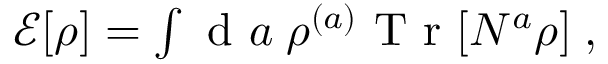
\begin{array} { r } { \mathcal { E } [ \rho ] = \int \mathrm { ~ d ~ } a \; \rho ^ { ( a ) } \mathrm { ~ T ~ r ~ } [ N ^ { a } \rho ] \; , } \end{array}